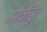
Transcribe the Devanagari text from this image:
मेकेंड्रू